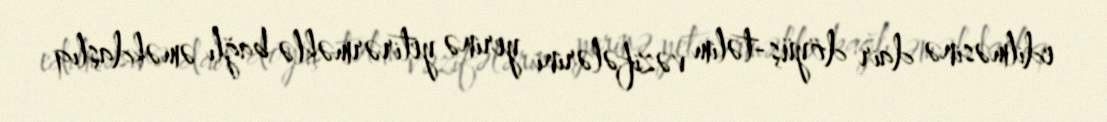
edilməsinə dair döyüş-təlim vəzifələrini yerinə yetirərməklə bağlı əməkdaşlıq